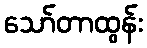
သော်တာထွန်း